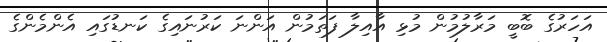
އަހަރުގެ ބޮބީ މަރާލުމުން މުޅި އާއިލާ ފަތަމުން އަންނަ ކަރުނައިގެ ކަނޑުގައި އެންމެންގެ